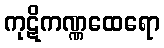
ကုဋိကဏ္ဏထေရော